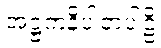
အဋ္ဌကနိပါတပါဠိ